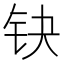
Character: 𰽤